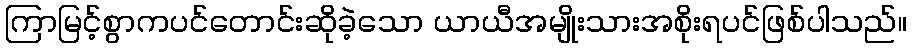
ကြာမြင့်စွာကပင်တောင်းဆိုခဲ့သော ယာယီအမျိုးသားအစိုးရပင်ဖြစ်ပါသည်။